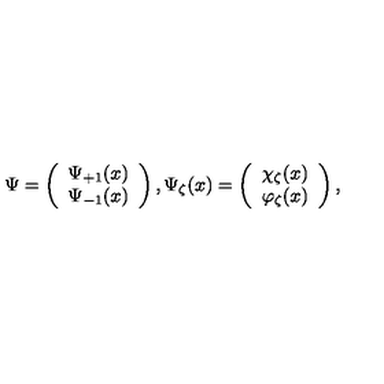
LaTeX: \mathrm { \boldmath \Psi \unboldmath } = \left( \begin{array} { c } { \Psi _ { + 1 } ( x ) } \\ { \Psi _ { - 1 } ( x ) } \\ \end{array} \right) , \Psi _ { \zeta } ( x ) = \left( \begin{array} { c } { \chi _ { \zeta } ( x ) } \\ { \varphi _ { \zeta } ( x ) } \\ \end{array} \right) ,